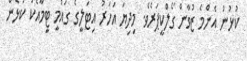
ކުޅުނު އެންމެ ޒުވާން ގޯލްކީޕަރެވެ. މިދިޔަ އަހަރު އިޓަލީގެ ގައުމީ ޓީމާއެކު ކުޅެން